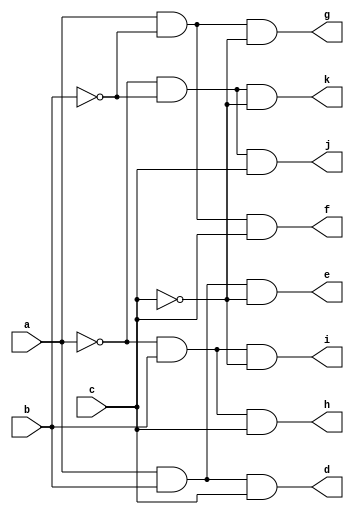
module decoder_one(a,b,c,d,e,f,g,h,i,j,k);
	input a,b,c;
	output d,e,f,g,h,i,j,k;
	assign k=~a&~b&~c;
	assign j=~a&~b&c;
	assign i=~a&b&~c;
	assign h=~a&b&c;
	assign g=a&~b&~c;
	assign f=a&~b&c;
	assign e=a&b&~c;
	assign d=a&b&c;
endmodule